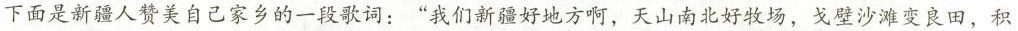
下面是新疆人赞美自己家乡的一段歌词：”我们新疆好地方啊，天山南北好牧场，戈壁沙滩变良田，积